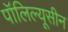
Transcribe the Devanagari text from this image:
पॉलिल्यूसीन